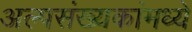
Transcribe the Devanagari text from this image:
अल्पसंख्यकांमध्ये